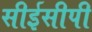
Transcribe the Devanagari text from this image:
सीईसीपी